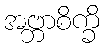
အဗ္ဘာစိက္ခိ